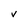
Character: v